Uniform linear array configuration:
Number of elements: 16
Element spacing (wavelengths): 0.75
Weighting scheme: exponential
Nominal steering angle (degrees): -15
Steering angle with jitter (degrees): -15.105
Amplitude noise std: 0.05
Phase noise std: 0.05

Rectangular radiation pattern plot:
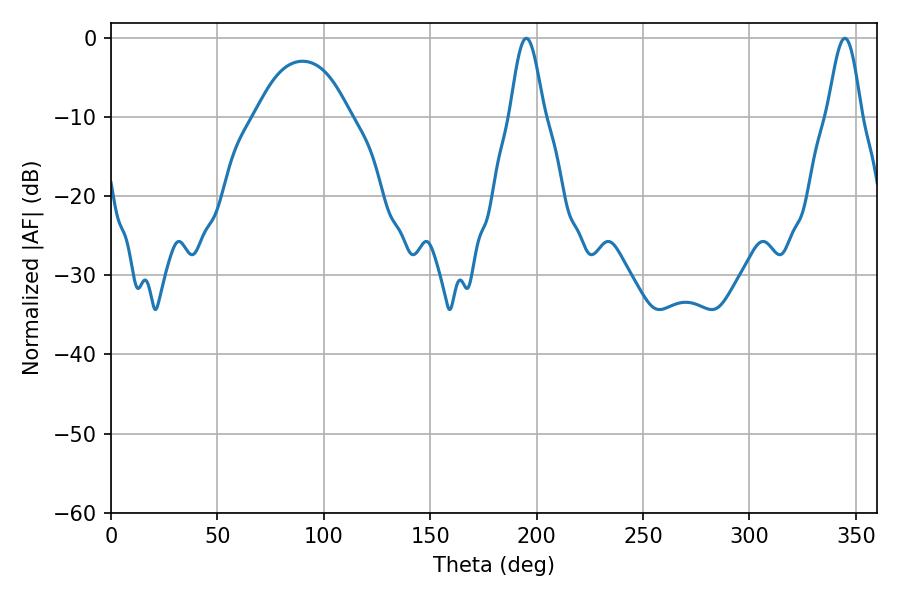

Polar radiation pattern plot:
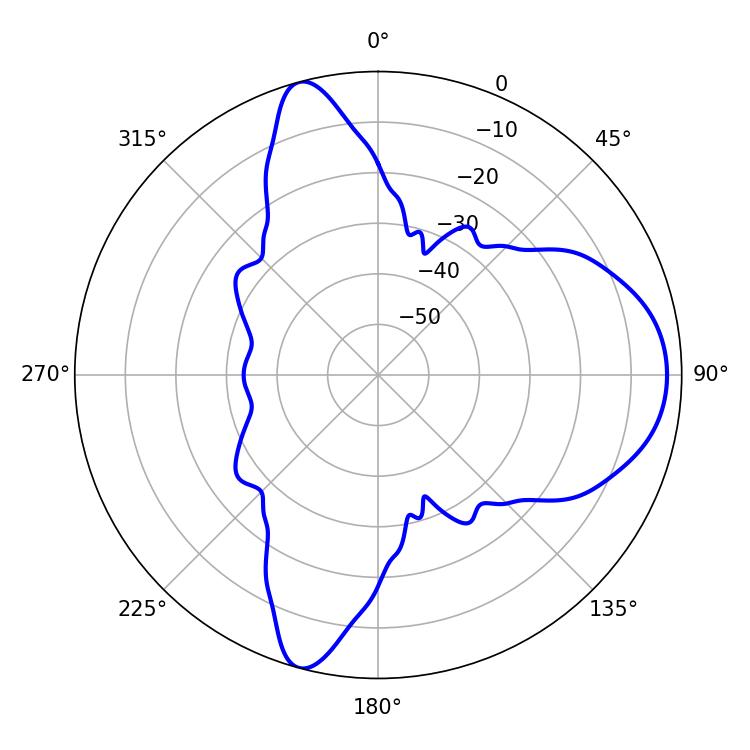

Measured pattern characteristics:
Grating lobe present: TRUE
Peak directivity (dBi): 10.056
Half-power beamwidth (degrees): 8.46
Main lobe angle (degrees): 195.12